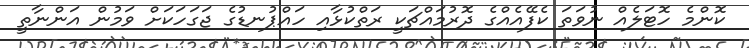
ކޮންމެ ހޮޓަލެއް ނުވަތަ ކެފޭއެއްގެ ދޮރުމައްޗަކީ ރަތްކުޅާއި ހައްޕުނޑުގެ ޖަގަހަކަށް ވަމުން އަންނާތީ